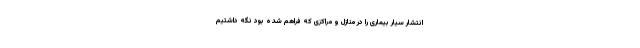
انتشار سیار بیماری را در منازل و مراکزی که فراهم شده بود نگه داشتیم